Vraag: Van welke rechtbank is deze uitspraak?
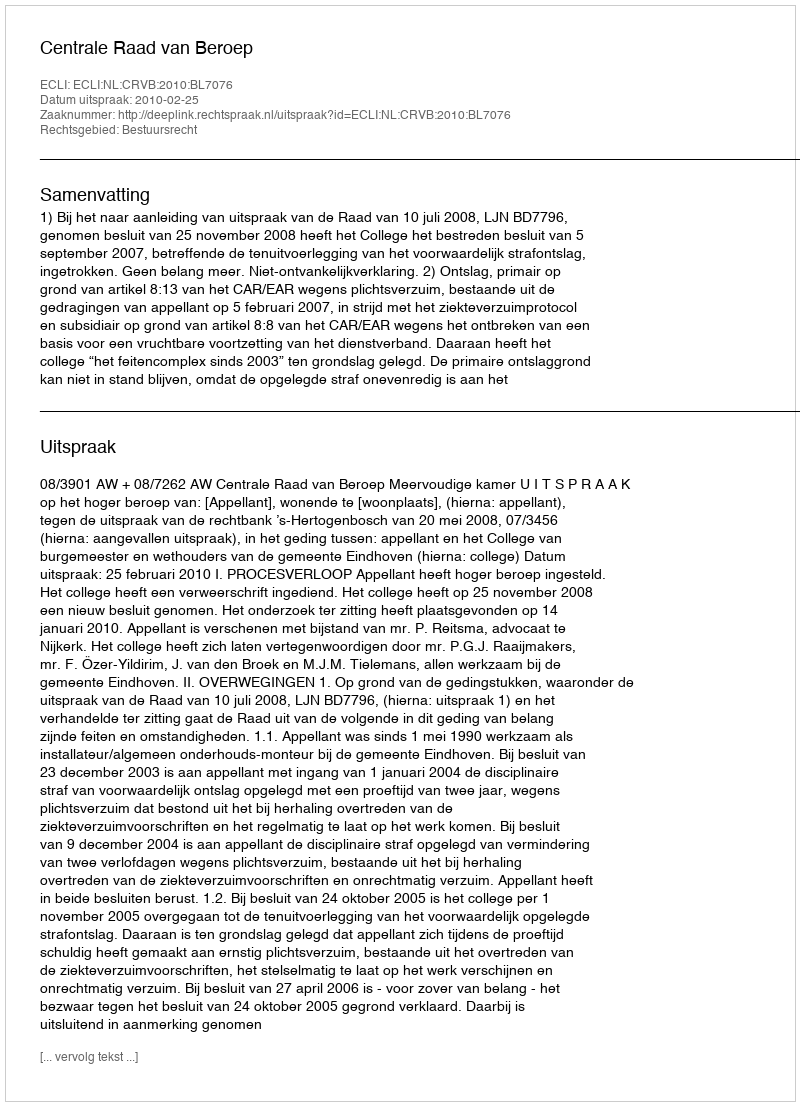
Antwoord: Centrale Raad van Beroep